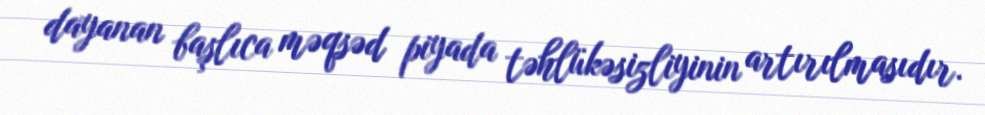
dayanan başlıca məqsəd piyada təhlükəsizliyinin artırılmasıdır.